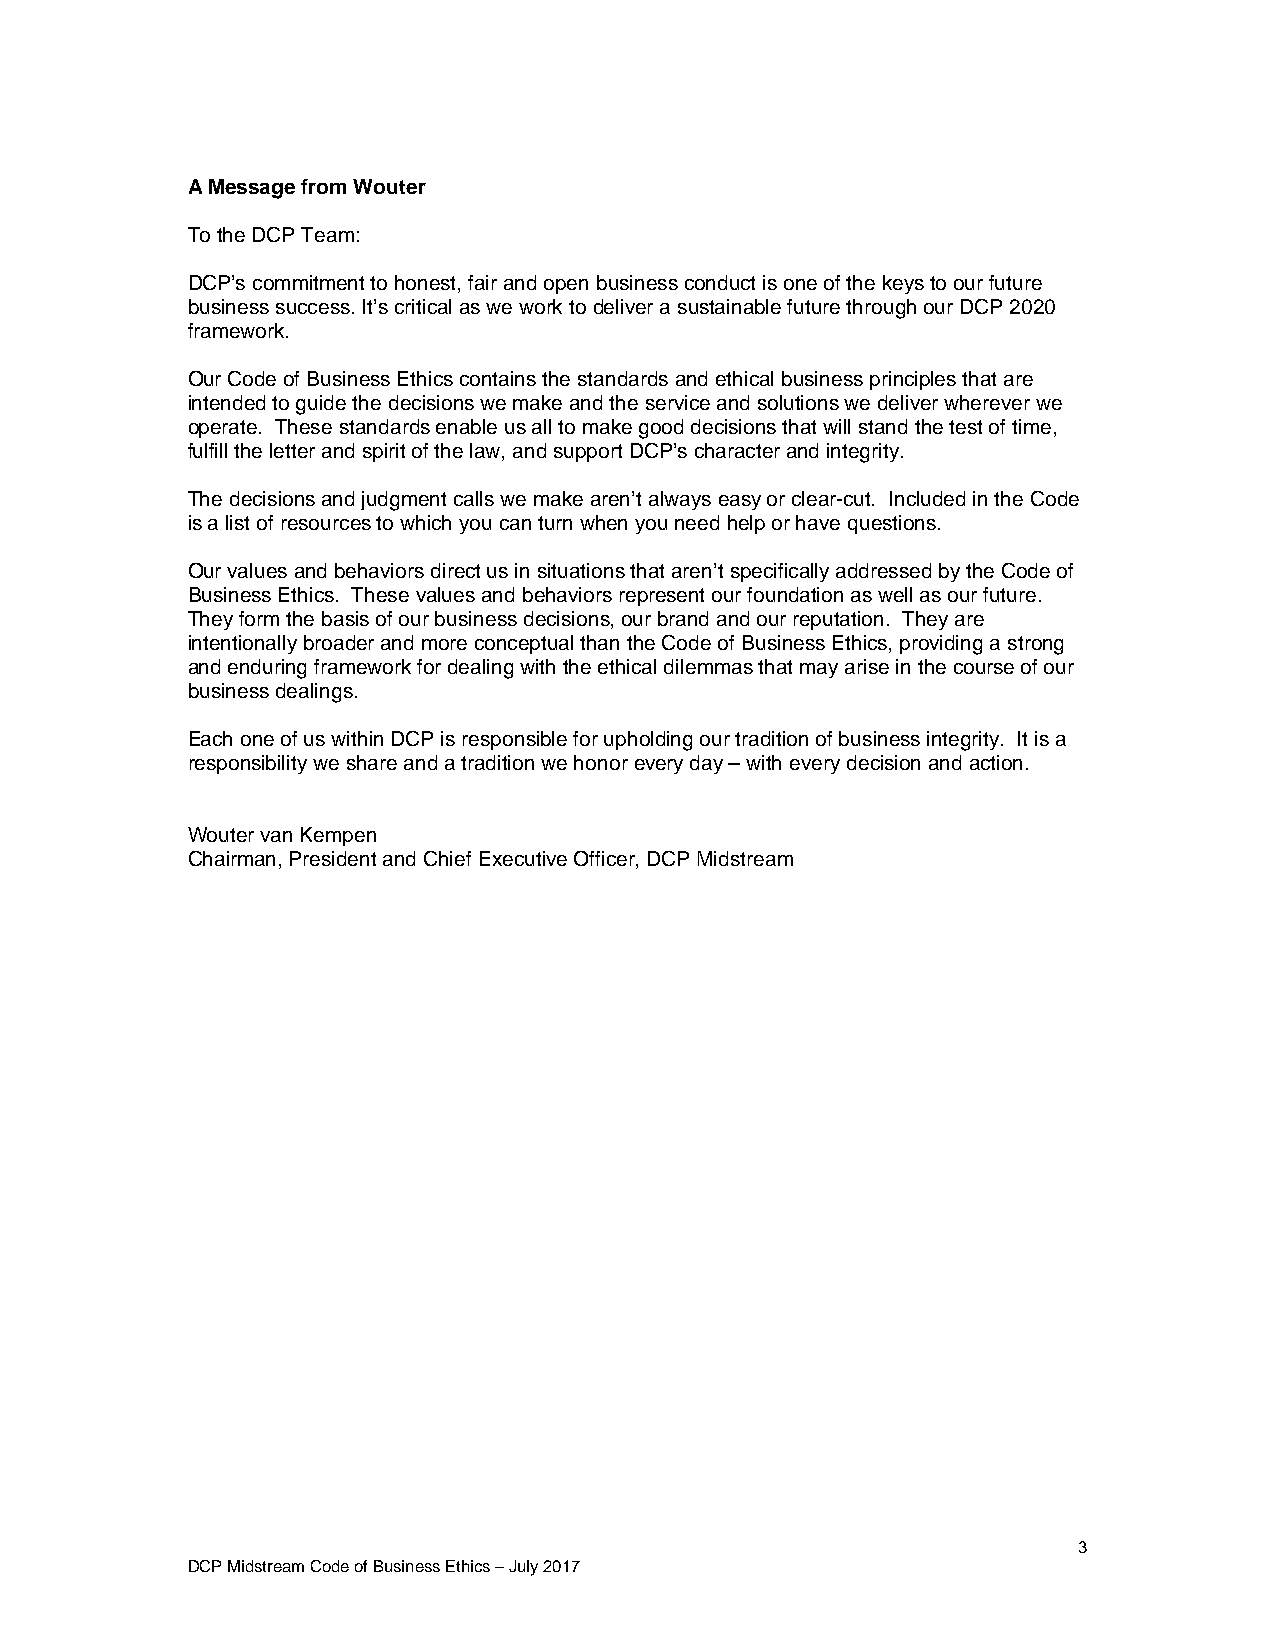
A Message from Wouter
 To the DCP Team:
 DCP’s commitment to honest, fair and open business conduct is one of the keys to our future
 business success. It’s critical as we work to deliver a sustainable future through our DCP 2020
 framework.
 Our Code of Business Ethics contains the standards and ethical business principles that are
 intended to guide the decisions we make and the service and solutions we deliver wherever we
 operate. These standards enable us all to make good decisions that will stand the test of time,
 fulfill the letter and spirit of the law, and support DCP’s character and integrity.
 The decisions and judgment calls we make aren’t always easy or clear-cut. Included in the Code
 is a list of resources to which you can turn when you need help or have questions.
 Our values and behaviors direct us in situations that aren’t specifically addressed by the Code of
 Business Ethics. These values and behaviors represent our foundation as well as our future.
 They form the basis of our business decisions, our brand and our reputation. They are
 intentionally broader and more conceptual than the Code of Business Ethics, providing a strong
 and enduring framework for dealing with the ethical dilemmas that may arise in the course of our
 business dealings.
 Each one of us within DCP is responsible for upholding our tradition of business integrity. It is a
 responsibility we share and a tradition we honor every day – with every decision and action.
 Wouter van Kempen
 Chairman, President and Chief Executive Officer, DCP Midstream
 3
 DCP Midstream Code of Business Ethics – July 2017